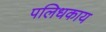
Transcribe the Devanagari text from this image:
पलिधकाय